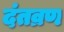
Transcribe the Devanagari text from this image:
दंतव्रण